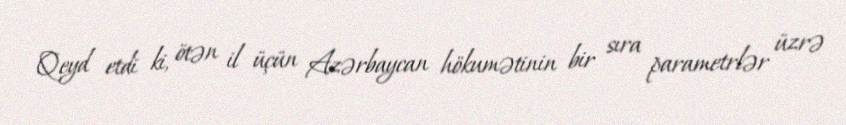
Qeyd etdi ki, ötən il üçün Azərbaycan hökumətinin bir sıra parametrlər üzrə